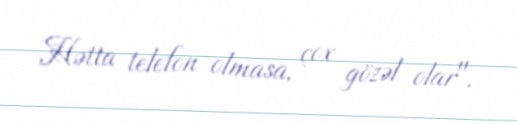
Hətta telefon olmasa, çox gözəl olar".